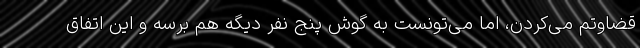
قضاوتم می‌کردن، اما می‌تونست به گوش پنج نفر دیگه هم برسه و این اتفاق